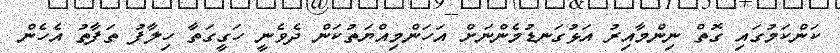
ކަންކަމުގައި ގޮތް ނިންމާއިރު އަޅުގަނޑުމެންނަށް އަހަންމިއްޔަތުކަން ދެވެނީ ހަގީގަތާ ހިލާފު ތަފާތު އެހެން